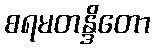
စရမတန္ဒိတော